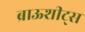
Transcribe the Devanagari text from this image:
ब्राऊशीट्स